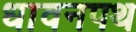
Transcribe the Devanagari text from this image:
धावनपथ